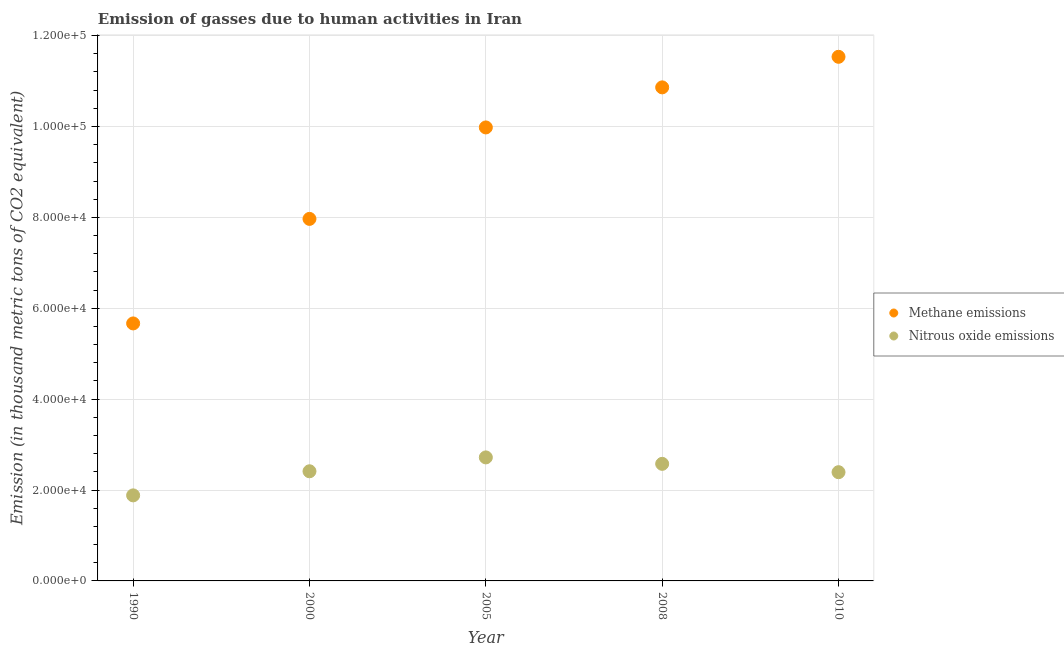
| Year | Methane emissions | Nitrous oxide emissions |
 | --- | --- | --- |
 | 1990 | 5.67e+04 | 1.88e+04 |
 | 2000 | 7.97e+04 | 2.41e+04 |
 | 2005 | 9.98e+04 | 2.72e+04 |
 | 2008 | 1.09e+05 | 2.58e+04 |
 | 2010 | 1.15e+05 | 2.39e+04 |